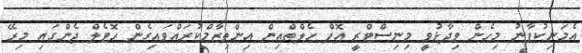
އެމަނިކުފާނު މިހެން ވިދާޅުވީ މިނިސްޓްރީ އޮފް ހެލްތްއިން އިންތިޒާމްކުރައްވައިގެން ހޮޓެލް ޖެންގައި މިރޭ